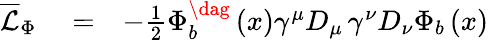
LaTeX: \begin{array}{rlr}{\overline{{\mathcal{L}}}_{\Phi}}&{{}=}&{-\frac{1}{2}\Phi_{b}^{\dag}\left(x\right)\gamma^{\mu}D_{\mu}\, \gamma^{\nu}D_{\nu}\Phi_{b}\left(x\right)\, }\end{array}